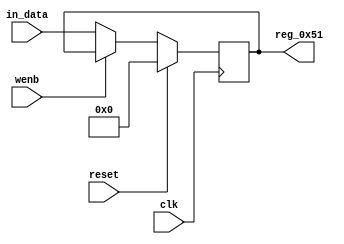
module r_TRANSMIT_BYTE_COUNT(output reg [7:0] reg_0x51, input wire reset, input wire wenb, input wire [7:0] in_data, input wire clk);
	always@(posedge clk)
	begin
		if(reset==0) begin
			if(wenb==0)
				reg_0x51<=in_data;
			else
				reg_0x51<=reg_0x51;
		end
		else
			reg_0x51<=8'h00;
	end
endmodule